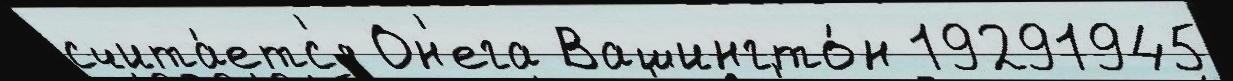
счита́етс'я Он'ега Вашингто́н 19291945